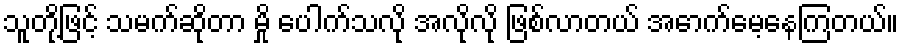
သူတို့ဖြင့် သမက်ဆိုတာ မှို ပေါက်သလို အလိုလို ဖြစ်လာတယ် အောက်မေ့နေကြတယ်။